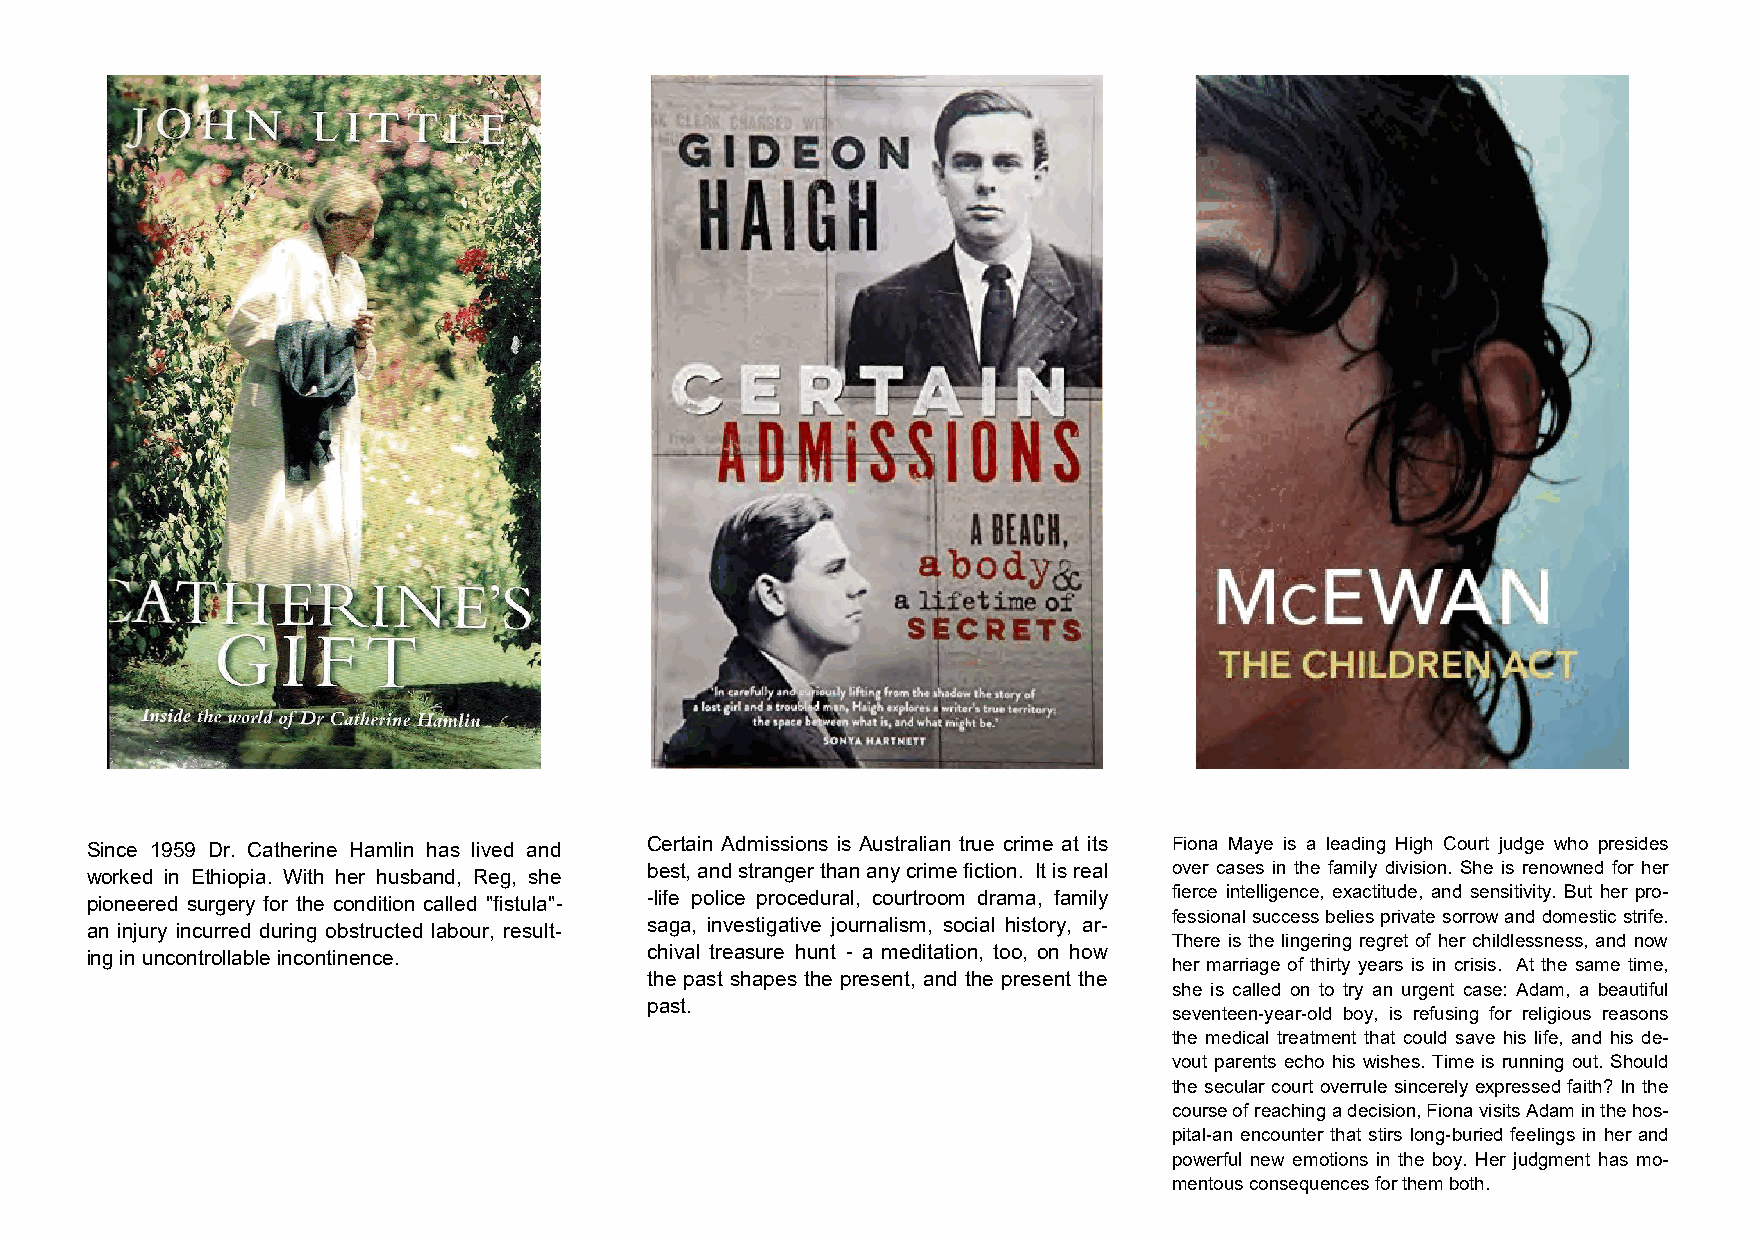
Since 1959 Dr. Catherine Hamlin has lived and Certain Admissions is Australian true crime at its Fiona Maye is a leading High Court judge who presides
 worked in Ethiopia. With her husband, Reg, she best, and stranger than any crime fiction. It is real over cases in the family division. She is renowned for her
 pioneered surgery for the condition called "fistula"- -life police procedural, courtroom drama, family fierce intelligence, exactitude, and sensitivity. But her pro-
 fessional success belies private sorrow and domestic strife.
 an injury incurred during obstructed labour, result- saga, investigative journalism, social history, ar-
 There is the lingering regret of her childlessness, and now
 ing in uncontrollable incontinence.  chival treasure hunt - a meditation, too, on how
 her marriage of thirty years is in crisis. At the same time,
 the past shapes the present, and the present the
 she is called on to try an urgent case: Adam, a beautiful
 past.
 seventeen-year-old boy, is refusing for religious reasons
 the medical treatment that could save his life, and his de-
 vout parents echo his wishes. Time is running out. Should
 the secular court overrule sincerely expressed faith? In the
 course of reaching a decision, Fiona visits Adam in the hos-
 pital-an encounter that stirs long-buried feelings in her and
 powerful new emotions in the boy. Her judgment has mo-
 mentous consequences for them both.